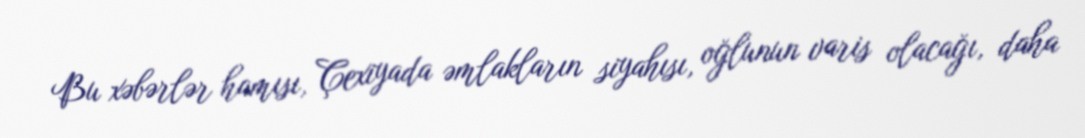
Bu xəbərlər hamısı, Çexiyada əmlakların siyahısı, oğlunun varis olacağı, daha